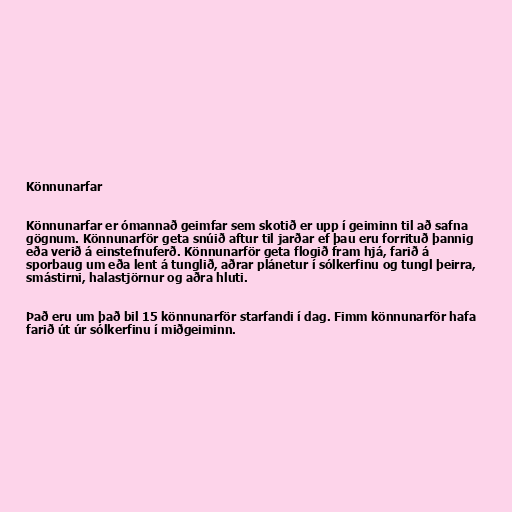
Könnunarfar

Könnunarfar er ómannað geimfar sem skotið er upp í geiminn til að safna
gögnum. Könnunarför geta snúið aftur til jarðar ef þau eru forrituð þannig
eða verið á einstefnuferð. Könnunarför geta flogið fram hjá, farið á
sporbaug um eða lent á tunglið, aðrar plánetur í sólkerfinu og tungl þeirra,
smástirni, halastjörnur og aðra hluti.

Það eru um það bil 15 könnunarför starfandi í dag. Fimm könnunarför hafa
farið út úr sólkerfinu í miðgeiminn.